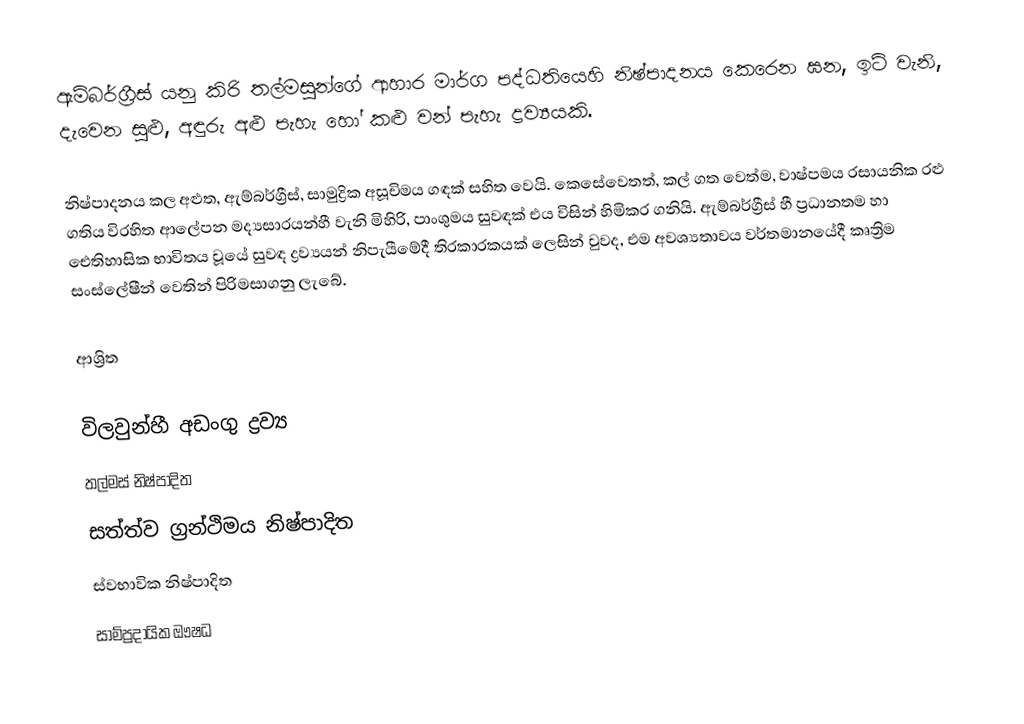
ඇම්බර්ග්‍රීස් යනු කිරි තල්මසුන්ගේ ආහාර මාර්ග පද්ධතියෙහි නිෂ්පාදනය කෙරෙන ඝන, ඉටි වැනි, දැවෙන සුළු, අඳුරු අළු පැහැ හෝ කළු වන් පැහැ ද්‍රව්‍යයකි.

නිෂ්පාදනය කල අළුත, ඇම්බර්ග්‍රීස්,  සාමුද්‍රික අසූචිමය ගඳක් සහිත වෙයි. කෙසේවෙතත්, කල් ගත වෙත්ම, වාෂ්පමය රසායනික රළු ගතිය විරහිත ආලේපන මද්‍යසාරයන්හී වැනි  මිහිරි, පාංශුමය සුවඳක් එය විසින් හිමිකර ගනියි.  ඇම්බර්ග්‍රීස් හී ප්‍රධානතම හා ඓතිහාසික භාවිතය වූයේ සුවඳ ද්‍රව්‍යයන් නිපැයීමේදී තිරකාරකයක් ලෙසින් වුවද, එම අවශ්‍යතාවය වර්තමානයේදී කෘත්‍රිම සංස්ලේෂීන් වෙතින් පිරිමසාගනු ලැබේ.

ආශ්‍රිත

විලවුන්හී අඩංගු ද්‍රව්‍ය
තල්මස් නිෂ්පාදිත
සත්ත්ව ග්‍රන්ථිමය නිෂ්පාදිත
ස්වභාවික නිෂ්පාදිත
සාම්ප්‍රදායික ඖෂධ